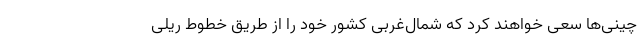
چینی‌ها سعی خواهند کرد که شمال‌غربی کشور خود را از طریق خطوط ریلی